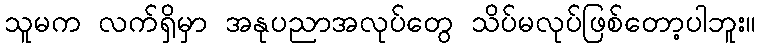
သူမက လက်ရှိမှာ အနုပညာအလုပ်တွေ သိပ်မလုပ်ဖြစ်တော့ပါဘူး။